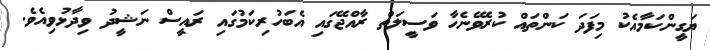
ޔަގީންކަމާއެކު މިފަދަ ކަންތައް ކުރެވޭނެހާ ވަސީލަތް ރާއްޖޭގައި އެބަހުރިކަމުގައި ރައީސް ނަޝީދު ވިދާޅުވިއެވެ.